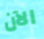
الآن